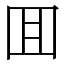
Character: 囬